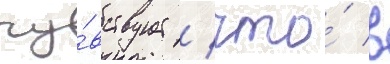
чу́вствует / что́ в